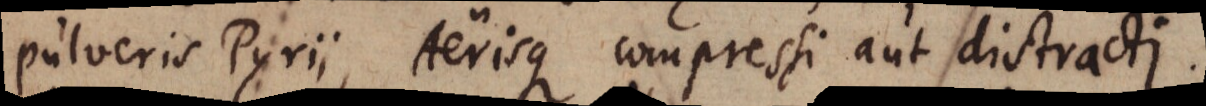
pulveris Pyrii, Aerisque compressi aut distracti.